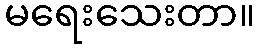
မရေးသေးတာ။